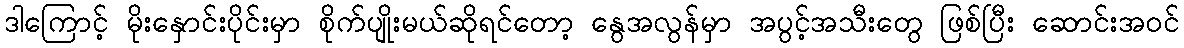
ဒါကြောင့် မိုးနှောင်းပိုင်းမှာ စိုက်ပျိုးမယ်ဆိုရင်တော့ နွေအလွန်မှာ အပွင့်အသီးတွေ ဖြစ်ပြီး ဆောင်းအဝင်